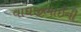
વાઘજીભાઈની